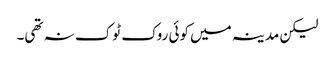
لیکن مدینہ میں کوئی روک ٹوک نہ تھی۔